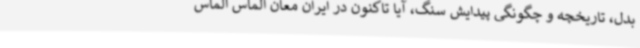
بدل، تاریخچه و چگونگی پیدایش سنگ، آیا تاکنون در ایران معان الماس الماس